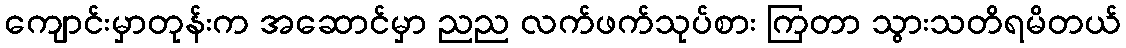
ကျောင်းမှာတုန်းက အဆောင်မှာ ညည လက်ဖက်သုပ်စား ကြတာ သွားသတိရမိတယ်